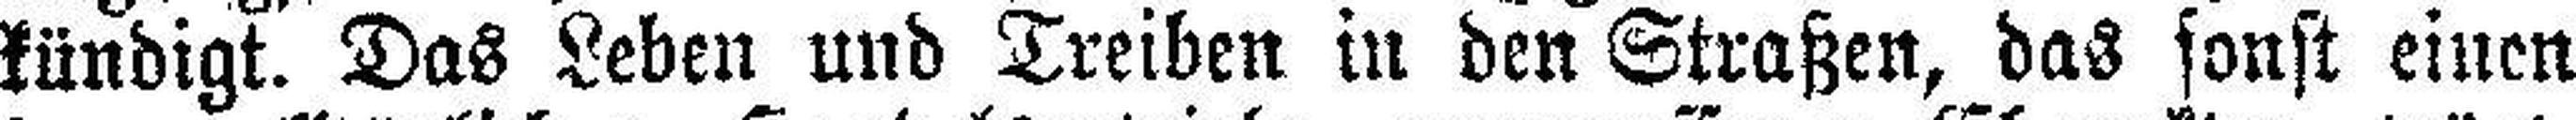
kündigt. Das Leben und Treiben in den Straßen, das sonst einen